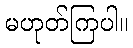
မဟုတ်ကြပါ။